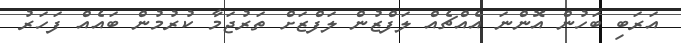
އަރަބި ބަހުން އޮންނަ އެއްޗެއް ލަފްޒުން ލަފްޒަށް ތަރުޖަމާ ކުރުމުން ބައެއް ފަހަރު